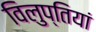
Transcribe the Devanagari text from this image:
विलुप्तियां